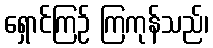
ရှောင်ကြဉ် ကြကုန်သည်၊